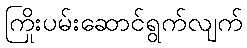
ကြိုးပမ်းဆောင်ရွက်လျက်